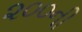
૨૦૦ની